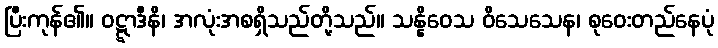
ပြီးကုန်၏။ ဝဋ္ဋာဒီနိ၊ အလုံးအစရှိသည်တို့သည်။ သန္နိဝေသ ဝိသေသေန၊ စုဝေးတည်နေပုံ